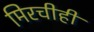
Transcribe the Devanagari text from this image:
मिरचीही